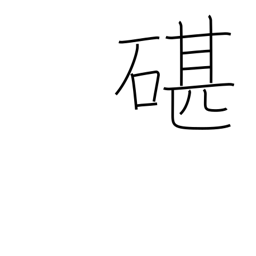
Meaning: an anvil